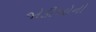
જોડીઓની